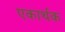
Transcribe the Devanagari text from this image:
एकार्थक